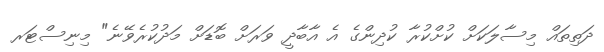
ދަތިތައް މިސާލަކަށް ކުށްކުރާ ކުދިންގެ އެ އާބާދީ ވަރަށް ބޮޑަށް މަދުކުރެވޭނެ" މިނިސްޓަރ